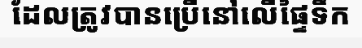
ដែលត្រូវបានប្រើនៅលើផ្ទៃទឹក